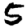
Digit: 5